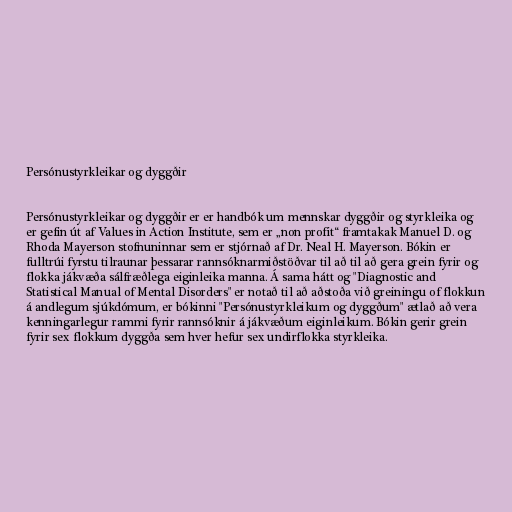
Persónustyrkleikar og dyggðir

Persónustyrkleikar og dyggðir er er handbók um mennskar dyggðir og styrkleika og
er gefin út af Values in Action Institute, sem er „non profit“ framtakak Manuel D. og
Rhoda Mayerson stofnuninnar sem er stjórnað af Dr. Neal H. Mayerson. Bókin er
fulltrúi fyrstu tilraunar þessarar rannsóknarmiðstöðvar til að til að gera grein fyrir og
flokka jákvæða sálfræðlega eiginleika manna. Á sama hátt og "Diagnostic and
Statistical Manual of Mental Disorders" er notað til að aðstoða við greiningu of flokkun
á andlegum sjúkdómum, er bókinni "Persónustyrkleikum og dyggðum" ætlað að vera
kenningarlegur rammi fyrir rannsóknir á jákvæðum eiginleikum. Bókin gerir grein
fyrir sex flokkum dyggða sem hver hefur sex undirflokka styrkleika.